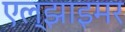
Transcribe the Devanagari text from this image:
एल्झाइमर